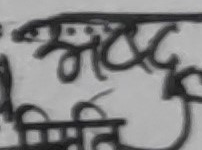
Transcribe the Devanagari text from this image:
मदलाई